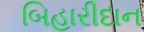
બિહારીદાન